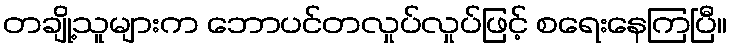
တချို့သူများက ဘောပင်တလှုပ်လှုပ်ဖြင့် စရေးနေကြပြီ။